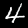
Digit: 4